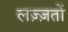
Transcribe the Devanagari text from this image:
लज़्ज़तों